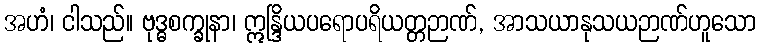
အဟံ၊ ငါသည်။ ဗုဒ္ဓစက္ခုနာ၊ ဣန္ဒြိယပရောပရိယတ္တဉာဏ်, အာသယာနုသယဉာဏ်ဟူသော